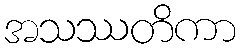
အသဿတိကာ